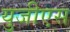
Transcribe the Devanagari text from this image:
युजीएस